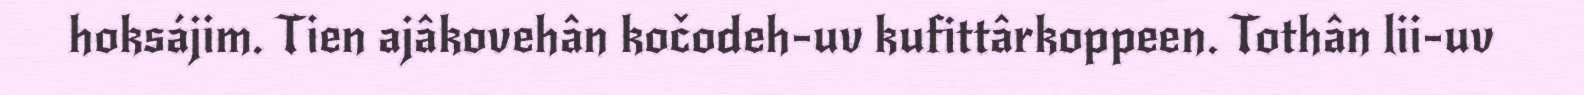
hoksájim. Tien ajâkovehân kočodeh-uv kufittârkoppeen. Tothân lii-uv